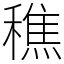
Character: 穛